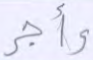
وأجر